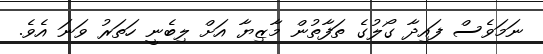
ނަމަވެސް ފައިދާ ގޯލުގެ ތަފާތުން މާޒިޔާ އަށް ލިބެނީ ހަތަރު ވަނަ އެވެ.